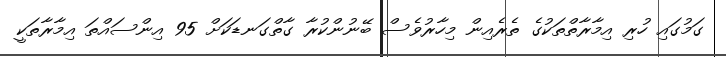
ގަމުގައި ހުރި އިމާރާތްތަކުގެ ތެރެއިން މިހާރުވެސް ބޭނުންކުރާ ގާތްގަނޑަކަށް 95 އިންސައްތަ އިމާރާތަކީ